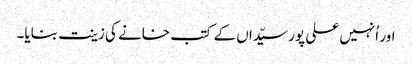
اور اُنہیں علی پور سیّداں کے کتب خانے کی زینت بنایا۔